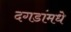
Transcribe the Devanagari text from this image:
दगडांमधे